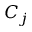
C _ { j }